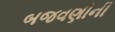
બજવણીની